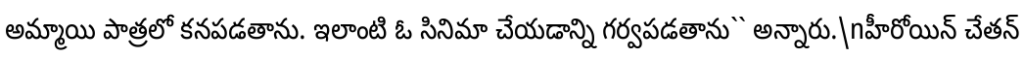
అమ్మాయి పాత్రలో కనపడతాను. ఇలాంటి ఓ సినిమా చేయడాన్ని గర్వపడతాను`` అన్నారు.\nహీరోయిన్ చేతన్